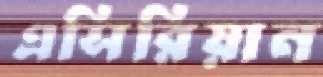
এসিরিয়ান